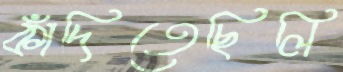
কাঁদিতেছিলি